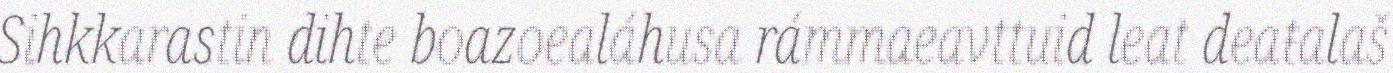
Sihkkarastin dihte boazoealáhusa rámmaeavttuid leat deaŧalaš